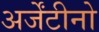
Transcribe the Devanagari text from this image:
अर्जेंटीनो